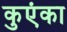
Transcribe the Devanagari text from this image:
कुएंका